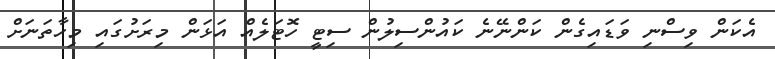
އެކަން ވިސްނި ވަޑައިގެން ކަންނޭނެ ކައުންސިލުން ސިޓީ ހޮޓަލެއް އަޅަން މިރަށުގައި މިހާތަނަށް